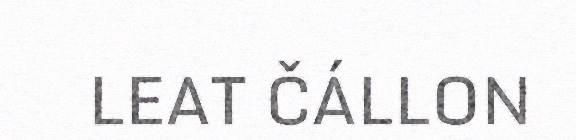
LEAT ČÁLLON